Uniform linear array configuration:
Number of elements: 24
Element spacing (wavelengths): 0.25
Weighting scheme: binomial
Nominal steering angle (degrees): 15
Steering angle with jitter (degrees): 15.472
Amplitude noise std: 0.05
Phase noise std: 0.05

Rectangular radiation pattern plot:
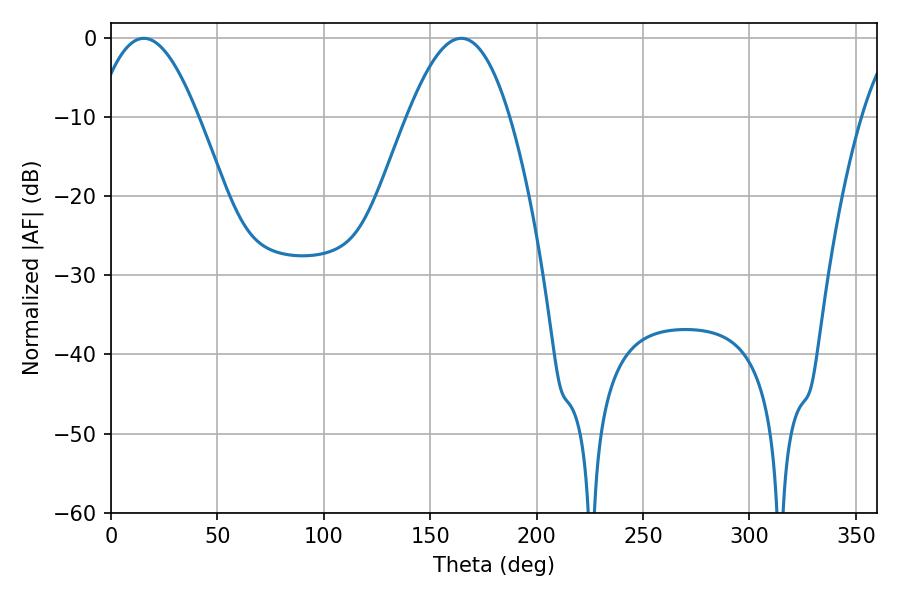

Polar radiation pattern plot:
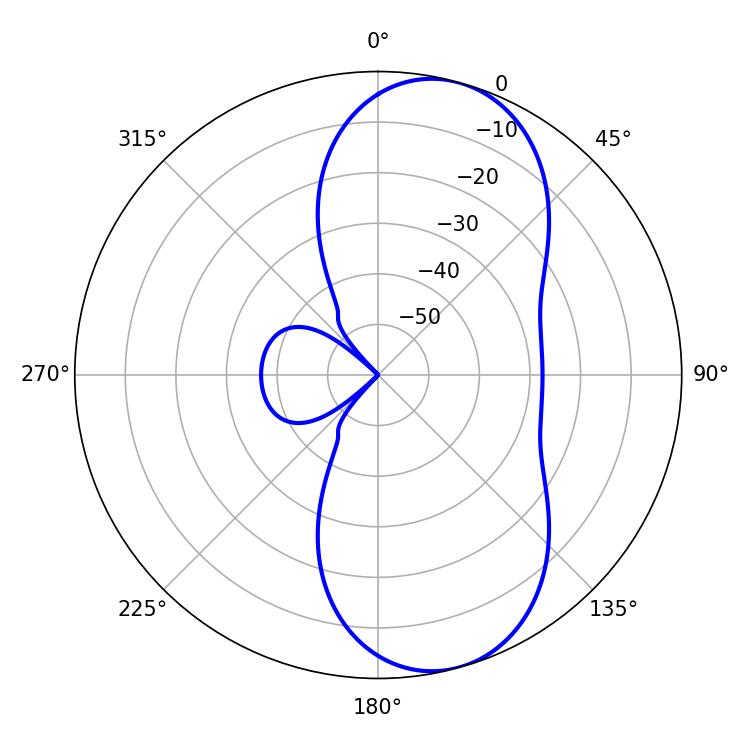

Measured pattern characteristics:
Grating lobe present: FALSE
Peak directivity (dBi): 8.589
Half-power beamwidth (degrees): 26.1
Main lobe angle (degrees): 15.48